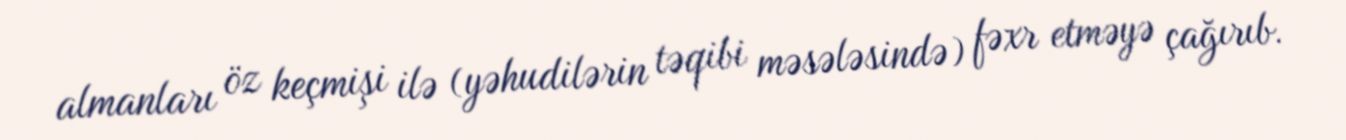
almanları öz keçmişi ilə (yəhudilərin təqibi məsələsində) fəxr etməyə çağırıb.